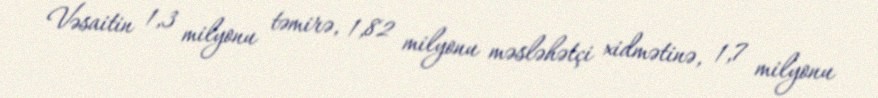
Vəsaitin 1,3 milyonu təmirə, 1,82 milyonu məsləhətçi xidmətinə, 1,7 milyonu